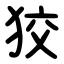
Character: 狡